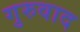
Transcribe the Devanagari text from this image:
गुरुवाद